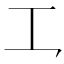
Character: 𪛜